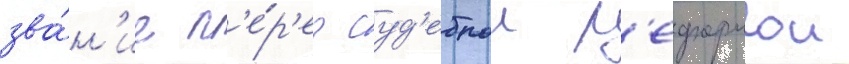
зва́н'ие п'е́р'ед суд'ебнои р'еформои